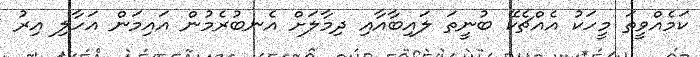
ކަމެއްވީތަ މީހަކު އެއްޗެކޭ ބުނީތަ ލައިބާއާއި ދިމާލަށް އެނބުރެމުން އައިމަން އަހާލި އިރު